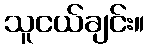
သူငယ်ချင်း။